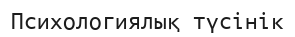
Психологиялық түсінік